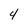
Character: 4